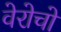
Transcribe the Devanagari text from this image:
वेरोचो